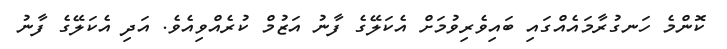
ކޮންމެ ހަނގުރާމައެއްގައި ބައިވެރިވުމަށް އެކަލޭގެ ފާނު އަޒުމް ކުރެއްވިއެވެ. އަދި އެކަލޭގެ ފާނު